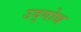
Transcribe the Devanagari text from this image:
उद्गोथ